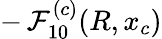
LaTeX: -\, \mathcal{F}_{10}^{(c)}(R,x_{c})